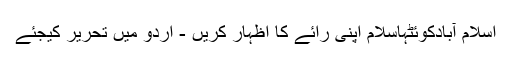
اسلام آبادکوئٹہاسلام اپنی رائے کا اظہار کریں - اُردو میں تحریر کیجئے